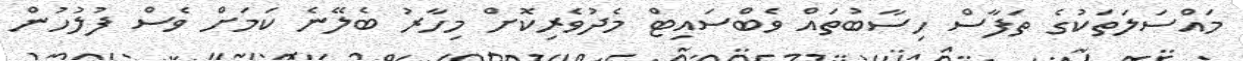
މައްސަލަތަކުގެ ތަފާސް ހިސާބުތައް ވެބްސައިޓް މެދުވެރިކޮށް މިހާރު ބެލޭނެ ކަމަށް ވެސް ފުލުހުން